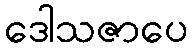
ဒေါသဇာပေ